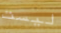
ليست